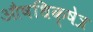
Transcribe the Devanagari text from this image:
औषधिक्षेत्र